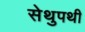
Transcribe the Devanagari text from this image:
सेथुपथी